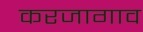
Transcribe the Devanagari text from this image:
करजागाव